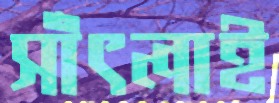
সাঁৎলাই